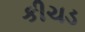
કીચડ